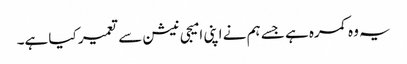
یہ وہ کمرہ ہے جسے ہم نے اپنی امیجی نیشن سے تعمیر کیا ہے۔